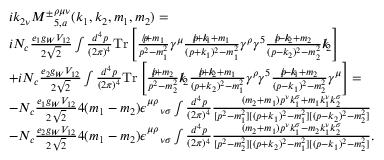
\begin{array} { r l } & { i k _ { 2 \nu } { M ^ { \pm } } _ { 5 , a } ^ { \rho \mu \nu } ( k _ { 1 } , k _ { 2 } , m _ { 1 } , m _ { 2 } ) = } \\ & { i N _ { c } \frac { e _ { 1 } g _ { W } V _ { 1 2 } } { 2 \sqrt { 2 } } \int \frac { d ^ { 4 } p } { ( 2 \pi ) ^ { 4 } } \mathrm { { T r } } \left[ \frac { p \! \! \! / + m _ { 1 } } { p ^ { 2 } - m _ { 1 } ^ { 2 } } \gamma ^ { \mu } \frac { p \! \! \! / + k \! \! \! / _ { 1 } + m _ { 1 } } { ( p + k _ { 1 } ) ^ { 2 } - m _ { 1 } ^ { 2 } } \gamma ^ { \rho } \gamma ^ { 5 } \frac { p \! \! \! / - k \! \! \! / _ { 2 } + m _ { 2 } } { ( p - k _ { 2 } ) ^ { 2 } - m _ { 2 } ^ { 2 } } k \! \! \! / _ { 2 } \right] } \\ & { + i N _ { c } \frac { e _ { 2 } g _ { W } V _ { 1 2 } } { 2 \sqrt { 2 } } \int \frac { d ^ { 4 } p } { ( 2 \pi ) ^ { 4 } } { \mathrm { T r } } \left[ \frac { p \! \! \! / + m _ { 2 } } { p ^ { 2 } - m _ { 2 } ^ { 2 } } k \! \! \! / _ { 2 } \frac { p \! \! \! / + k \! \! \! / _ { 2 } + m _ { 1 } } { ( p + k _ { 2 } ) ^ { 2 } - m _ { 1 } ^ { 2 } } \gamma ^ { \rho } \gamma ^ { 5 } \frac { p \! \! \! / - k \! \! \! / _ { 1 } + m _ { 2 } } { ( p - k _ { 1 } ) ^ { 2 } - m _ { 2 } ^ { 2 } } \gamma ^ { \mu } \right] = } \\ & { - N _ { c } \frac { e _ { 1 } g _ { W } V _ { 1 2 } } { 2 \sqrt { 2 } } 4 ( m _ { 1 } - m _ { 2 } ) \epsilon _ { \quad \nu \sigma } ^ { \mu \rho } \int \frac { d ^ { 4 } p } { ( 2 \pi ) ^ { 4 } } \frac { ( m _ { 2 } + m _ { 1 } ) p ^ { \nu } k _ { 1 } ^ { \sigma } + m _ { 1 } k _ { 1 } ^ { \nu } k _ { 2 } ^ { \sigma } } { [ p ^ { 2 } - m _ { 1 } ^ { 2 } ] [ ( p + k _ { 1 } ) ^ { 2 } - m _ { 1 } ^ { 2 } ] [ ( p - k _ { 2 } ) ^ { 2 } - m _ { 2 } ^ { 2 } ] } } \\ & { - N _ { c } \frac { e _ { 2 } g _ { W } V _ { 1 2 } } { 2 \sqrt { 2 } } 4 ( m _ { 1 } - m _ { 2 } ) \epsilon _ { \quad \nu \sigma } ^ { \mu \rho } \int \frac { d ^ { 4 } p } { ( 2 \pi ) ^ { 4 } } \frac { ( m _ { 2 } + m _ { 1 } ) p ^ { \nu } k _ { 1 } ^ { \sigma } - m _ { 2 } k _ { 1 } ^ { \nu } k _ { 2 } ^ { \sigma } } { [ p ^ { 2 } - m _ { 2 } ^ { 2 } ] [ ( p + k _ { 2 } ) ^ { 2 } - m _ { 1 } ^ { 2 } ] [ ( p - k _ { 1 } ) ^ { 2 } - m _ { 2 } ^ { 2 } ] } . } \end{array}